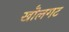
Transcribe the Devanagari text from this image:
खॊलगट